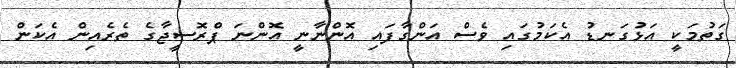
ގަތުމަކީ އަޅުގަނޑު އެކަމުގައި ވެސް އަންގާފައި އޮންނާނީ އޮންނަ ޕްރޮސީޖާގެ ތެރެއިން އެކަން